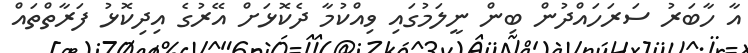
އާ ހާބަރު ސަރަހައްދުން ބިން ނީލަމުގައި ވިއްކުމާ ދެކޮޅަށް އޭރުގެ އިދިކޮޅު ފަރާތްތައް